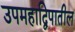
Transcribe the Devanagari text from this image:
उपमहाद्विपातील